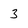
Character: 3